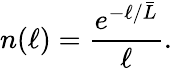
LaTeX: n(\ell)={\frac{e^{-\ell/{\bar{L}}}}{\ell}}.